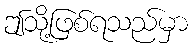
ဤသို့ဖြစ်ရသည်မှာ